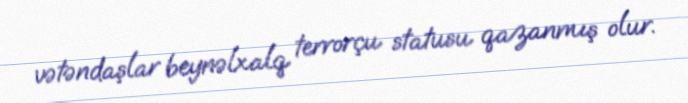
vətəndaşlar beynəlxalq terrorçu statusu qazanmış olur.